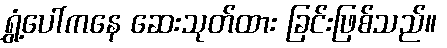
ရွှံ့ပေါ်ကနေ ဆေးသုတ်ထား ခြင်းဖြစ်သည်။